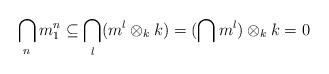
LaTeX: \begin{align*} \bigcap_n m_1^n \subseteq \bigcap_l (m^l\otimes_k k) = (\bigcap m^l) \otimes_k k = 0 \end{align*}